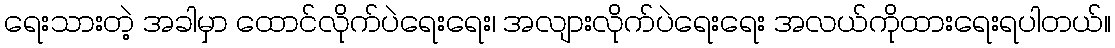
ရေးသားတဲ့ အခါမှာ ထောင်လိုက်ပဲရေးရေး၊ အလျားလိုက်ပဲရေးရေး အလယ်ကိုထားရေးရပါတယ်။